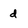
Character: d